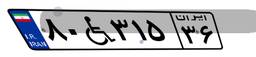
۸۰W۳۱۵۳۶